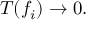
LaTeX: T ( f _ { i } ) \to 0 .